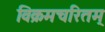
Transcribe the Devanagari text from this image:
विक्रमचरितम्